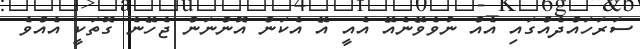
ސަރަހައްދެއްގައި އެއް ނުވެވޭނެއޭ އެއީ އޭ އެކަން އޮންނަން ޖެހޭނެ ގޮތަކީ އެއްވެ